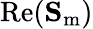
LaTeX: \operatorname{Re}(\mathbf{S}_{\mathrm{m}})